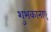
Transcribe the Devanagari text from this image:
शुभकानाएं